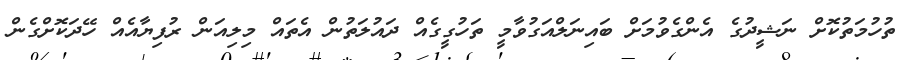
ތުހުމަތުކޮށް ނަޝީދުގެ އެންގެވުމަށް ބައިނަލްއަގުވާމީ ތަހުގީގެއް ދައުލަތުން އެތައް މިލިއަން ރުފިޔާއެއް ހޭދަކޮށްގެން